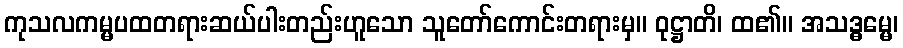
ကုသလကမ္မပထတရားဆယ်ပါးတည်းဟူသော သူတော်ကောင်းတရားမှ။ ဝုဋ္ဌာတိ၊ ထ၏။ အသဒ္ဓမ္မေ၊